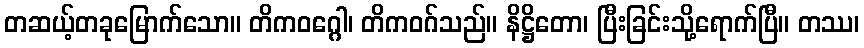
တဆယ့်တခုမြောက်သော။ တိကဝဂ္ဂေါ၊ တိကဝဂ်သည်။ နိဋ္ဌိတော၊ ပြီးခြင်းသို့ရောက်ပြီ။ တဿ၊